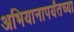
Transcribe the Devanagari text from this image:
अभियानापर्यंतच्या